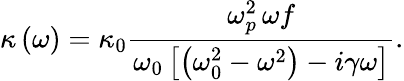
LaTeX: \kappa\left(\omega\right)=\kappa_{0}\frac{\omega_{p}^{2}\, \omega f}{\omega_{0}\left[\left(\omega_{0}^{2}-\omega^{2}\right)-i\gamma\omega\right]}.